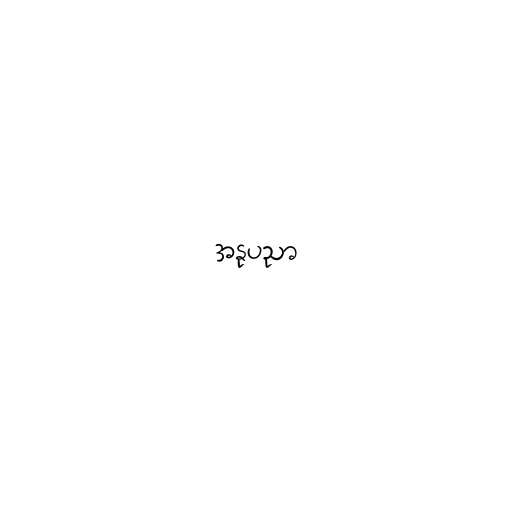
အနုပညာ